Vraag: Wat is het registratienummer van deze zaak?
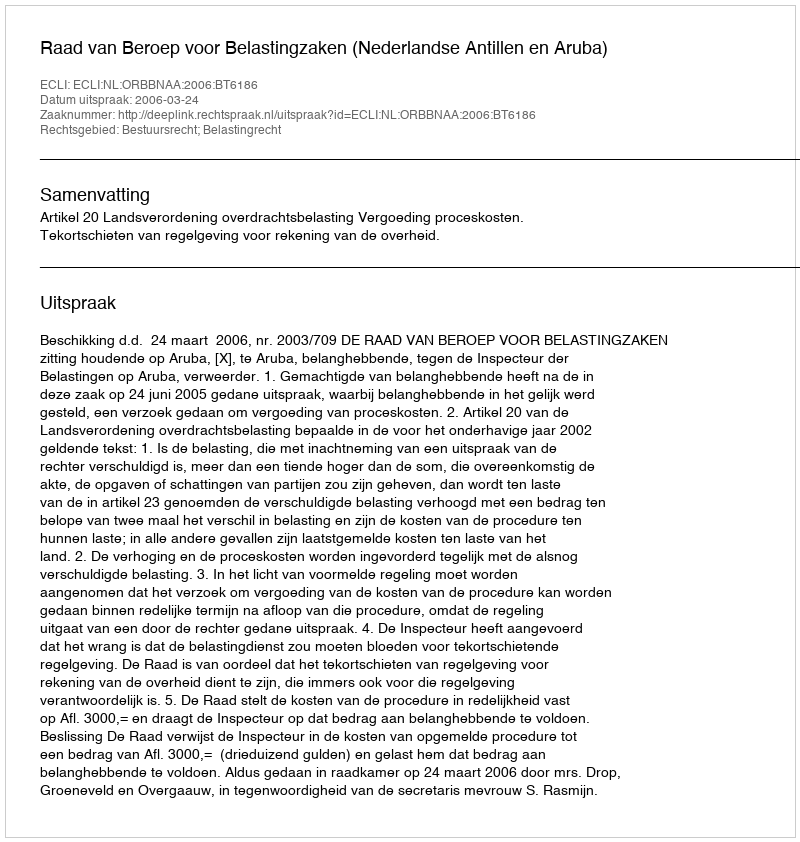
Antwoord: http://deeplink.rechtspraak.nl/uitspraak?id=ECLI:NL:ORBBNAA:2006:BT6186